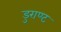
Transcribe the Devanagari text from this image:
डुराण्ट